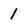
Character: 1